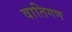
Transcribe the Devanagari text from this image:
वातिगण